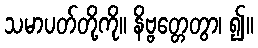
သမာပတ်တို့ကို။ နိဗ္ဗတ္တေတွာ၊ ၍။